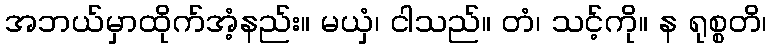
အဘယ်မှာထိုက်အံ့နည်း။ မယှံ၊ ငါသည်။ တံ၊ သင့်ကို။ န ရုစ္စတိ၊